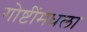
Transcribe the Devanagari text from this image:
गोष्टींमधला